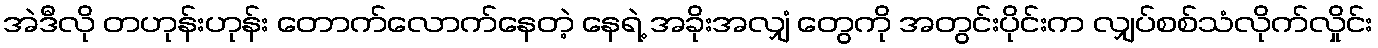
အဲဒီလို တဟုန်းဟုန်း တောက်လောက်နေတဲ့ နေရဲ့ အခိုးအလျှံ တွေကို အတွင်းပိုင်းက လျှပ်စစ်သံလိုက်လှိုင်း